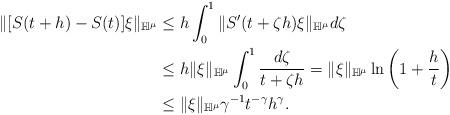
LaTeX: \begin{align*}\|[S(t+h)-S(t)]\xi\|_{\mathbb H^\mu}&\le h\int_0^1\|S'(t+\zeta h)\xi\|_{\mathbb H^\mu}d\zeta\\& \le h\|\xi\|_{\mathbb H^\mu}\int_0^1\frac{d\zeta}{t+\zeta h} = \|\xi\|_{\mathbb H^\mu}\ln \left(1+\frac ht\right)\\& \le \|\xi\|_{\mathbb H^\mu}\gamma^{-1} t^{-\gamma} h^\gamma. \end{align*}